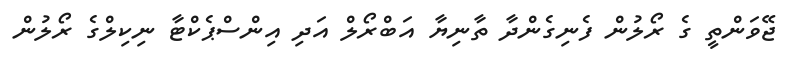
ޖޭވަންތީ ގެ ރޯލުން ފެނިގެންދާ ތާނިޔާ އަބްރޯލް އަދި އިންސްޕެކްޓާ ނިކިލްގެ ރޯލުން